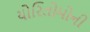
યોરિતોમોની